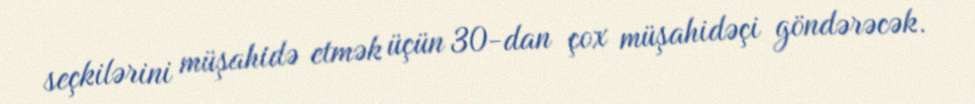
seçkilərini müşahidə etmək üçün 30-dan çox müşahidəçi göndərəcək.